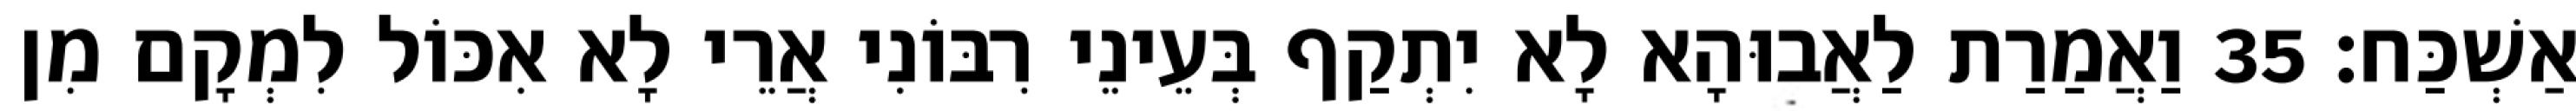
אַשְׁכַּח׃ 35 וַאֲמַרַת לַאֲבוּהָא לָא יִתְקַף בְּעֵינֵי רִבּוֹנִי אֲרֵי לָא אִכּוֹל לִמְקָם מִן